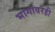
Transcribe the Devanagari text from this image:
भागावरही